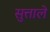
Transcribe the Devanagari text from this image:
सुत्ताले